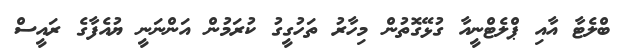
ބްލެޓާ އާއި ޕްލެޓްނީއާ ގުޅޭގޮތުން މިހާރު ތަހުގީގު ކުރަމުން އަންނަނީ ޔުއެފާގެ ރައީސް